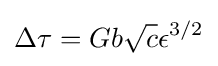
\Delta \tau =Gb{\sqrt {c}}\epsilon ^{3/2}